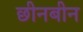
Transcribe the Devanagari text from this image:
छीनबीन